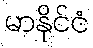
မာနိုင်ငံ